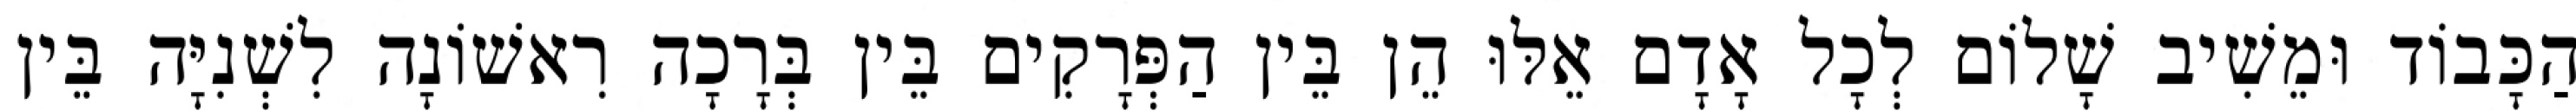
הַכָּבוֹד וּמֵשִׁיב שָׁלוֹם לְכָל אָדָם אֵלּוּ הֵן בֵּין הַפְּרָקִים בֵּין בְּרָכָה רִאשׁוֹנָה לִשְׁנִיָּה בֵּין